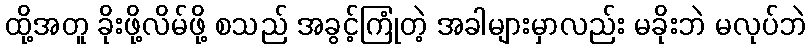
ထို့အတူ ခိုးဖို့လိမ်ဖို့ စသည် အခွင့်ကြုံတဲ့ အခါများမှာလည်း မခိုးဘဲ မလုပ်ဘဲ